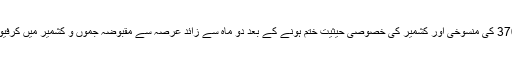
آرٹیکل 370 کی منسوخی اور کشمیر کی خصوصی حیثیت ختم ہونے کے بعد دو ماہ سے زائد عرصہ سے مقبوضہ جموں و کشمیر میں کرفیو نافذ ہے۔